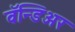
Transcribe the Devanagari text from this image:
वॅन्डिअर